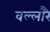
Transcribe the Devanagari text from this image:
वल्लारै